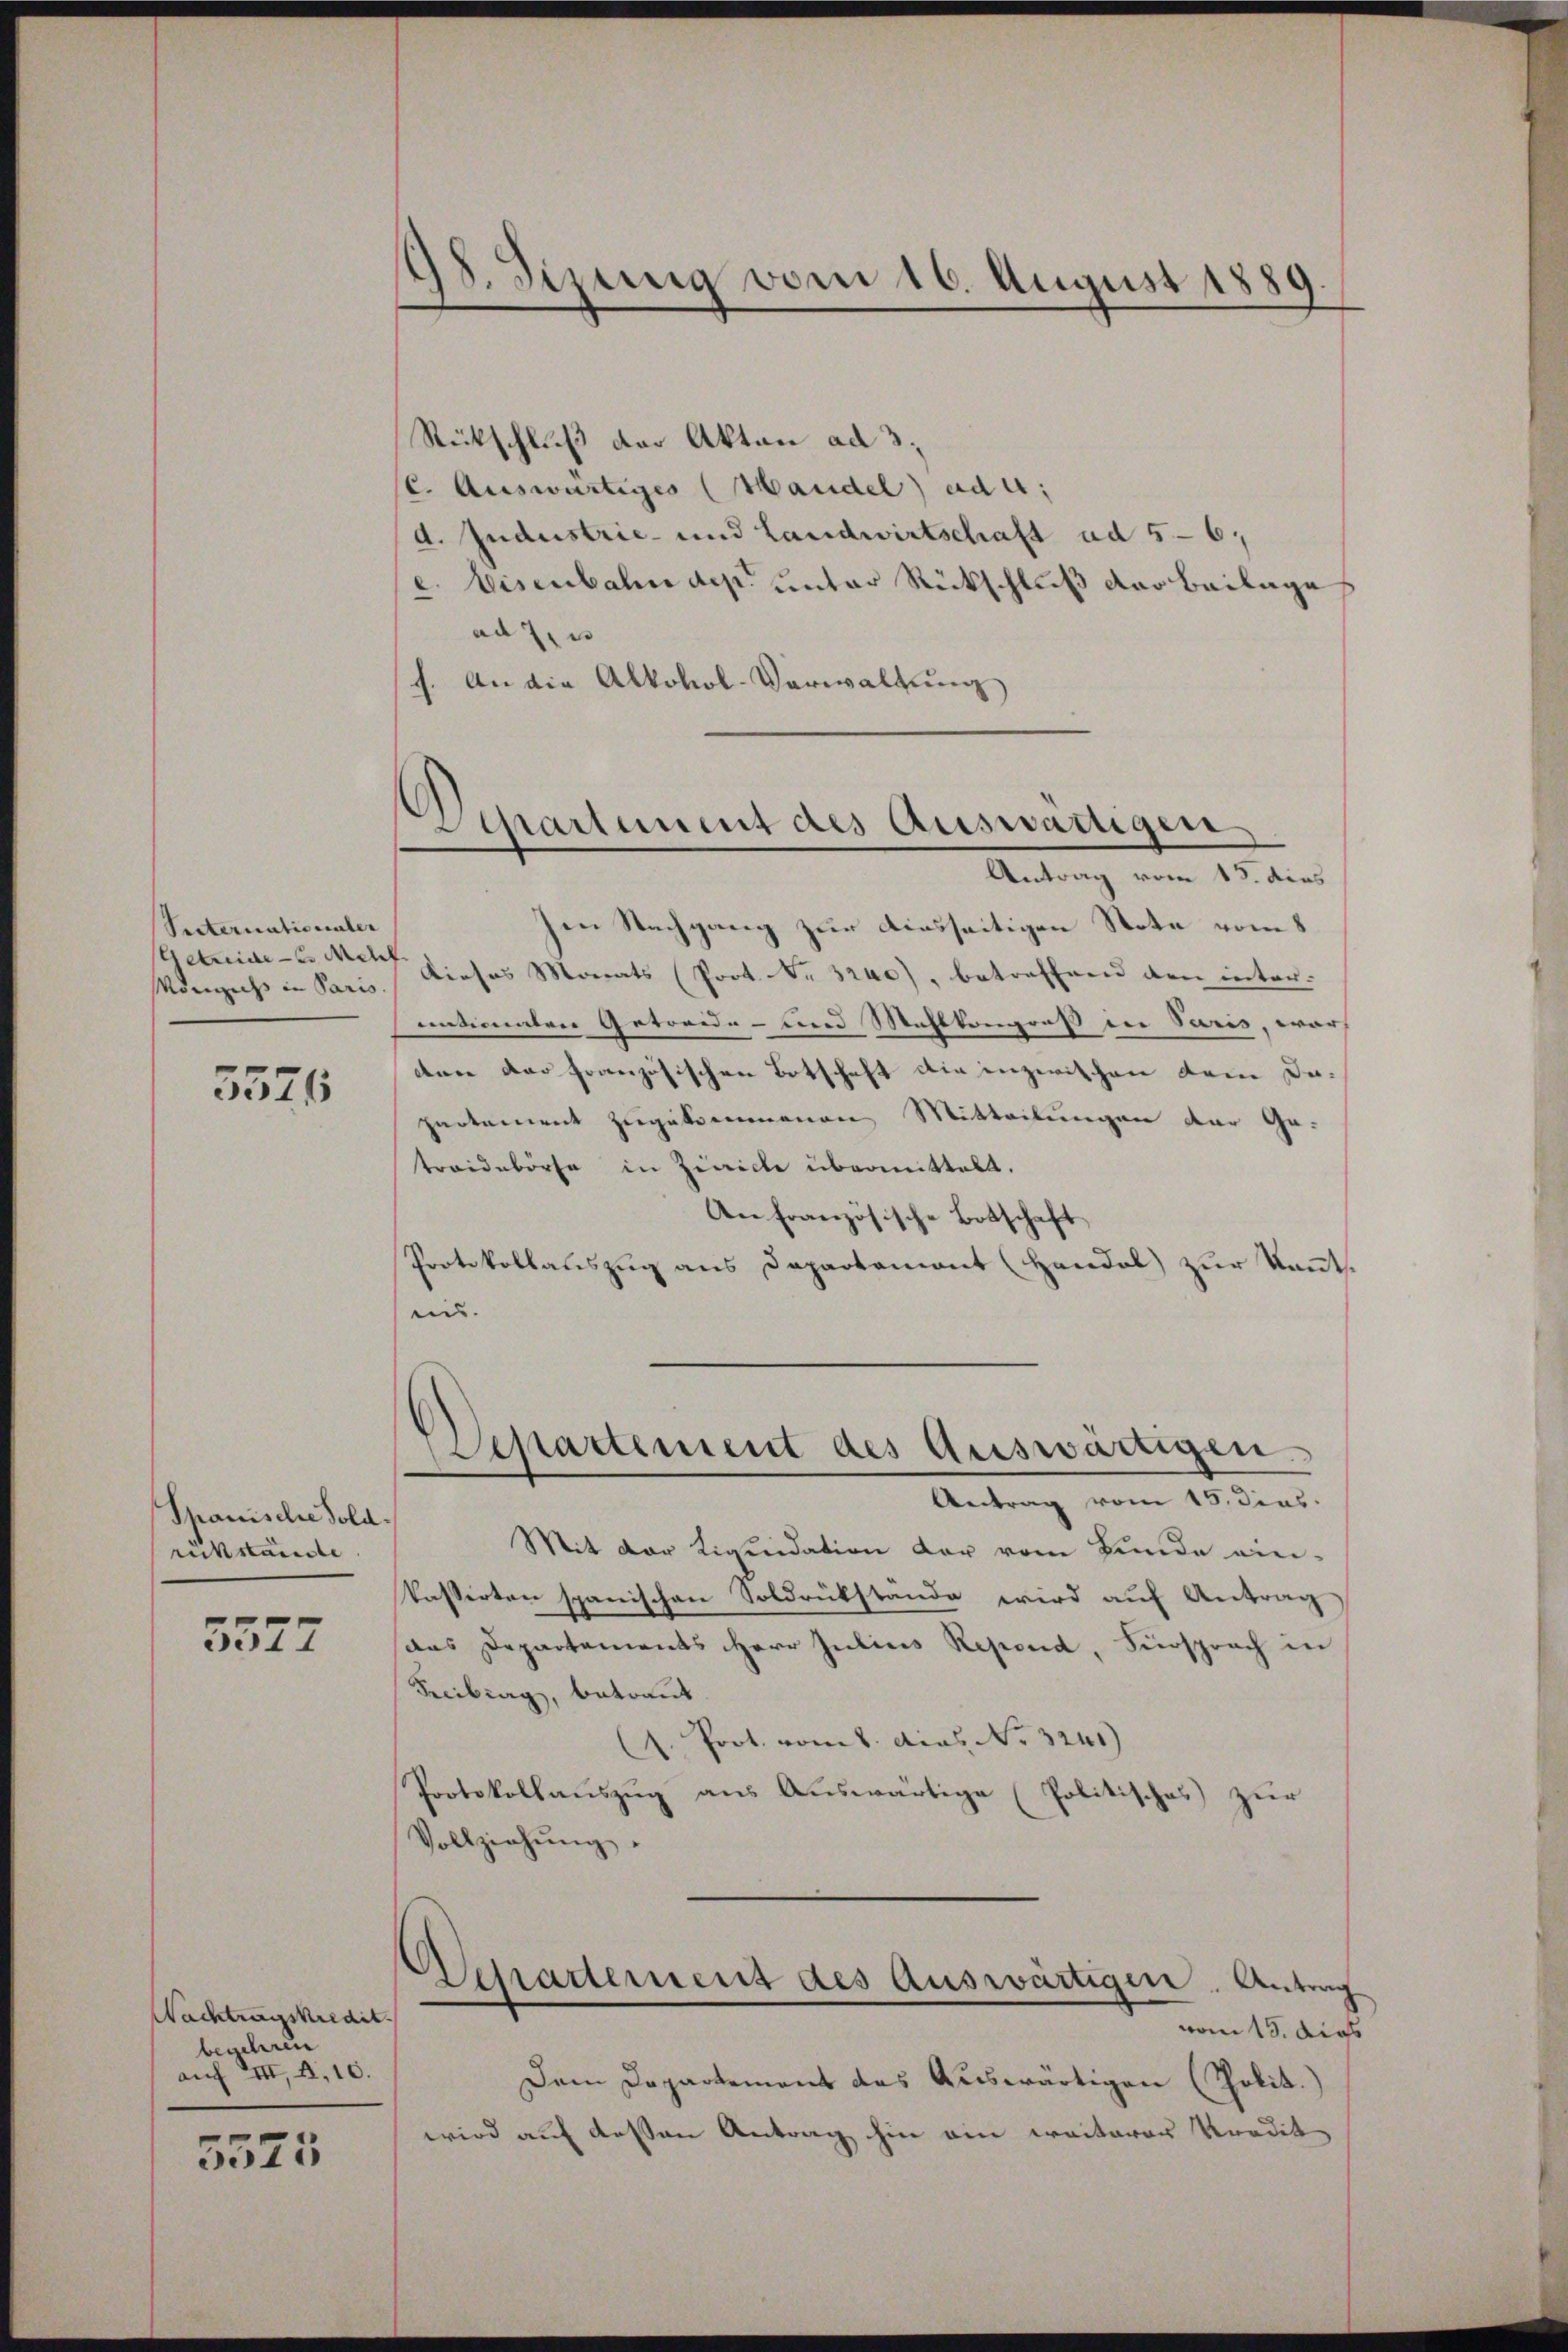
Secternationaler
Getreide Meh
Konechs in Paris.

5576

Spanische Sold.
rückstände

5527

Nachtungskredit.
begehren
auf III, 2, 10.

5575

98. Sizung vom 16. August 1889.

Departement des Auswärtigen
Antrag vom 15. dies

Rückschluß der Akten ad 3.
(C. Auswärtiges (Handel) ad a.
d. Industrie- und Landwirtschaft ad 5-6;
e. Eisenbahn des unter Rückschluß der Beilage
ad zu
f. An die Alkohol-Verwaltung
hen Nachgang zur diesseitigen Stote vom 8
Dieses Monats (Prot. Nr. 3200), betreffend den inter.
nationaten Getreide- und Mahlkongreß in Paris, warf
don der französischen Botschaft die inzwischen dem Da-
partement zugekommenen Mitteilungen der Ge-
traidebörse in Zinicke übermittelt.
An französische Botschaft
Protokollauszug aus Departement (Handal zur Kennt.
un.
espartement des Auswärtigen
Antrag vom 15. dies
Mit der Liquidation der vom Bunde ein-
kassirten spanischen Soldrükstande wird auf Antrag
das Departements Herr Julius Repend, Fürsprach in
Freibung, betraut
. Prot. vom 8. das No 3241)
Protokollauszug aus Auswärtige (Politisches zur
Vollziehŭng.
Separtement des Auswärtigen. Antrag
vom 15. dies
Dem Departement das Auswärtigen (Polit.)
wird auf dessen Antrag hin ein weiterer Kredit